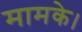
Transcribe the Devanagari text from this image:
मामके।